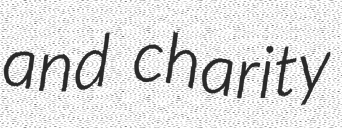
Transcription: and charity